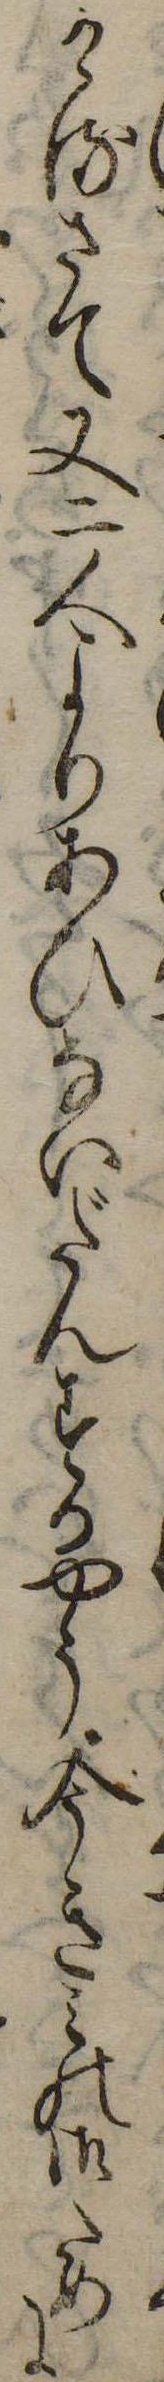
けるさて又二人よりあひないだんするやう今きみの御ために